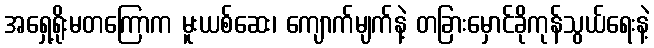
အရှေ့ရိုးမတကြောက မူးယစ်ဆေး၊ ကျောက်မျက်နဲ့ တခြားမှောင်ခိုကုန်သွယ်ရေးနဲ့